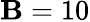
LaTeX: \mathbf{B}=10